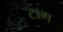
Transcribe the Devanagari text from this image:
टाग